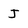
Character: J